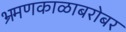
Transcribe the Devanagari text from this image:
भ्रमणकाळाबरोबर